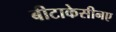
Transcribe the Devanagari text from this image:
बीटाकेसीनए